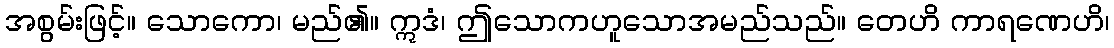
အစွမ်းဖြင့်။ သောကော၊ မည်၏။ ဣဒံ၊ ဤသောကဟူသောအမည်သည်။ တေဟိ ကာရဏေဟိ၊